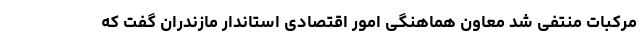
مرکبات منتفی شد معاون هماهنگی امور اقتصادی استاندار مازندران گفت که